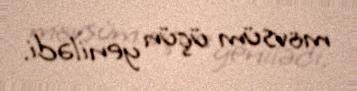
mövsüm üçün yenilədi.